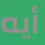
أيه